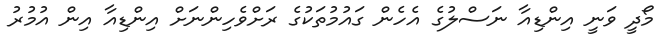
މޯދީ ވަނީ އިންޑިއާ ނަސްލުގެ އެހެން ގައުމުތަކުގެ ރަށްވެހިންނަށް އިންޑިއާ އިން އުމުރު